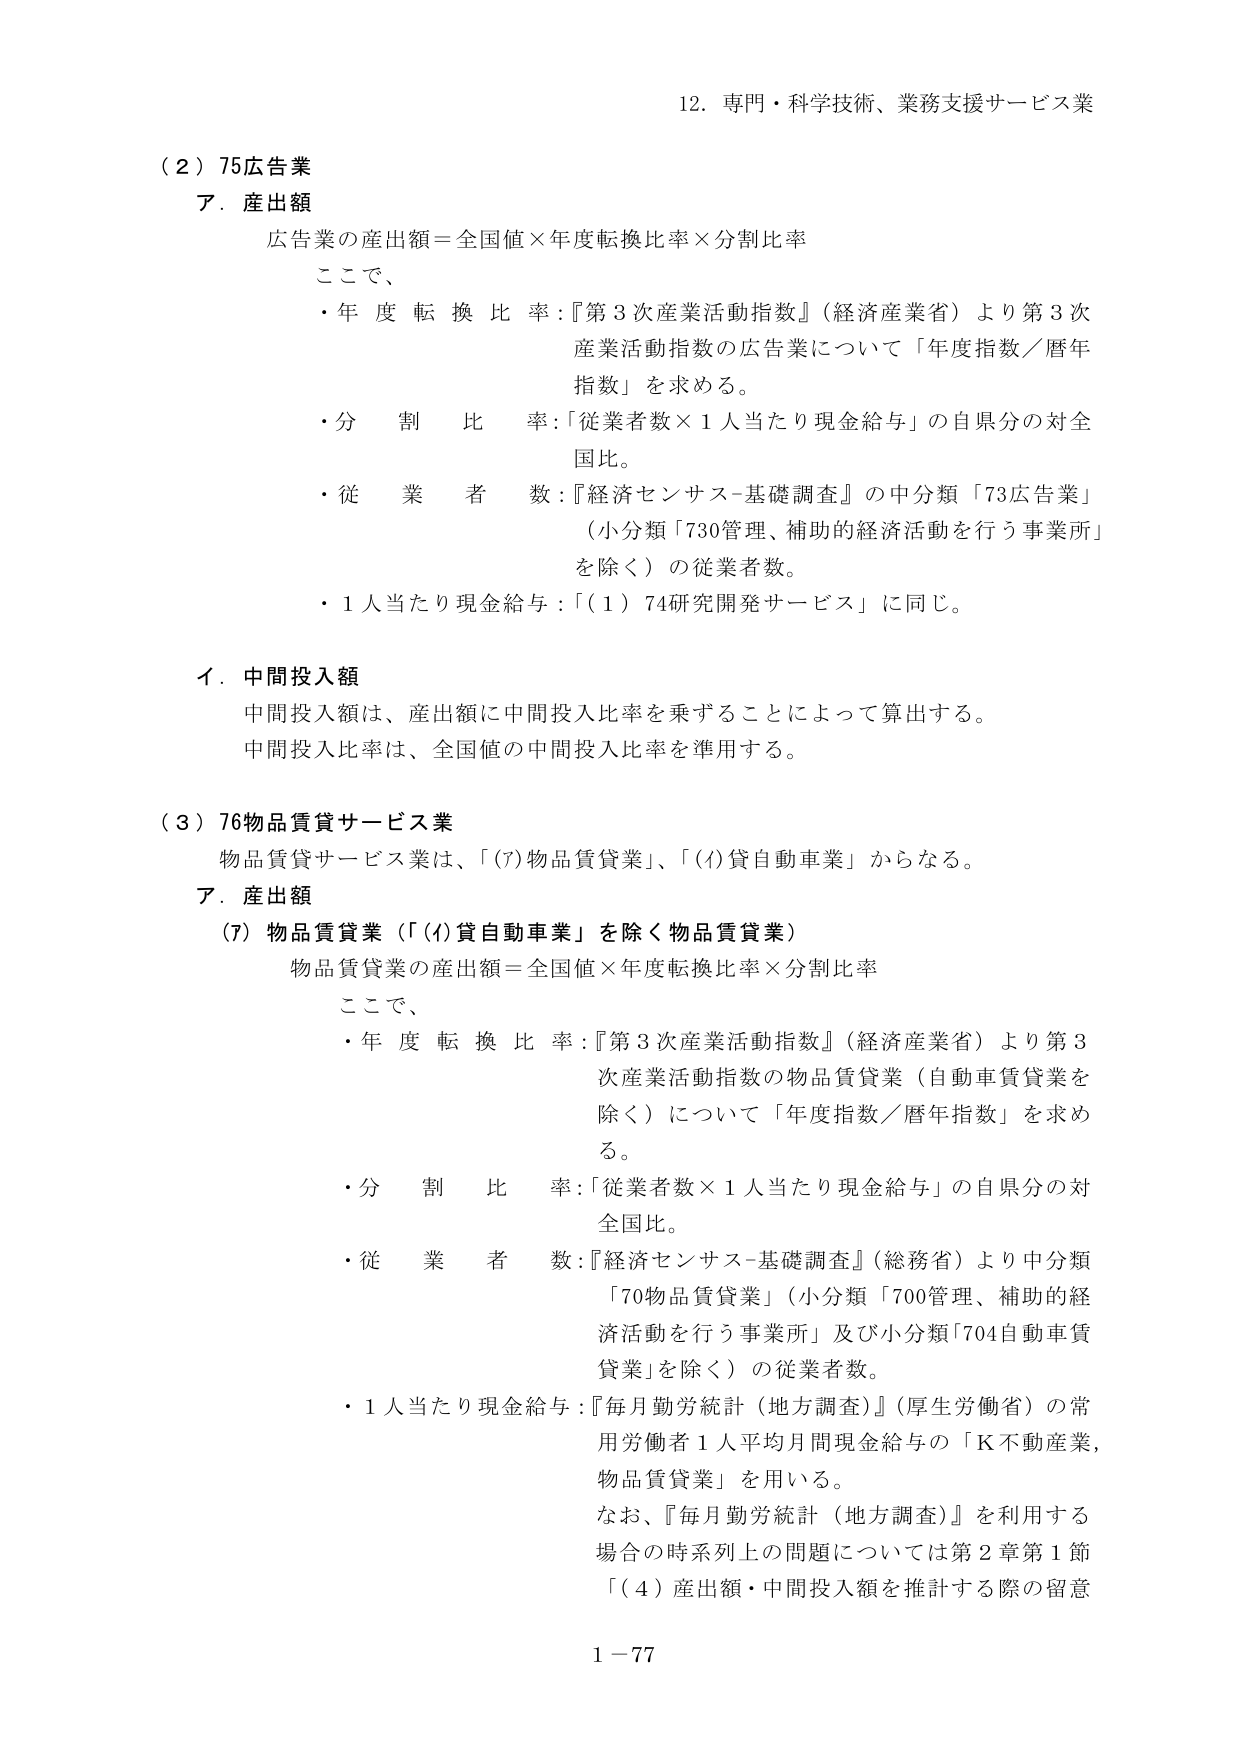
12. 専門・科学技術、業務支援サービス業

（2）75広告業
ア．産出額
広告業の産出額＝全国値×年度転換比率×分割比率
ここで、
・年度転換比率：『第3次産業活動指数』（経済産業省）より第3次産業活動指数の広告業について「年度指数／暦年指数」を求める。
・分割比率：「従業者数×1人当たり現金給与」の自県分の対全国比。
・従業者数：『経済センサス-基礎調査』の中分類「73広告業」（小分類「730管理、補助的経済活動を行う事業所」を除く）の従業者数。
・1人当たり現金給与：「（1）74研究開発サービス」に同じ。

イ．中間投入額
中間投入額は、産出額に中間投入比率を乗ずることによって算出する。
中間投入比率は、全国値の中間投入比率を準用する。

（3）76物品賃貸サービス業
物品賃貸サービス業は、「(7)物品賃貸業」、「(4)貸自動車業」からなる。
ア．産出額
(7) 物品賃貸業（「(4)貸自動車業」を除く物品賃貸業）
物品賃貸業の産出額＝全国値×年度転換比率×分割比率
ここで、
・年度転換比率：『第3次産業活動指数』（経済産業省）より第3次産業活動指数の物品賃貸業（自動車賃貸業を除く）について「年度指数／暦年指数」を求める。
・分割比率：「従業者数×1人当たり現金給与」の自県分の対全国比。
・従業者数：『経済センサス-基礎調査』（総務省）より中分類「70物品賃貸業」（小分類「700管理、補助的経済活動を行う事業所」及び小分類「704自動車賃貸業」を除く）の従業者数。
・1人当たり現金給与：『毎月勤労統計（地方調査）』（厚生労働省）の常用労働者1人平均月間現金給与の「K不動産業、物品賃貸業」を用いる。
なお、『毎月勤労統計（地方調査）』を利用する場合の時系列上の問題については第2章第1節「（4）産出額・中間投入額を推計する際の留意

1－77